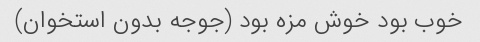
خوب بود خوش مزه بود (جوجه بدون استخوان)